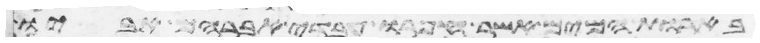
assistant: בארות המים אשר חפרו עבדי אברהם אביו